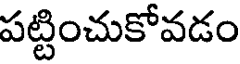
పట్టించుకోవడం